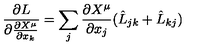
\frac { \partial L } { \partial \frac { \partial X ^ { \mu } } { \partial x _ { k } } } = \sum _ { j } \frac { \partial X ^ { \mu } } { \partial x _ { j } } ( \hat { L } _ { j k } + \hat { L } _ { k j } )